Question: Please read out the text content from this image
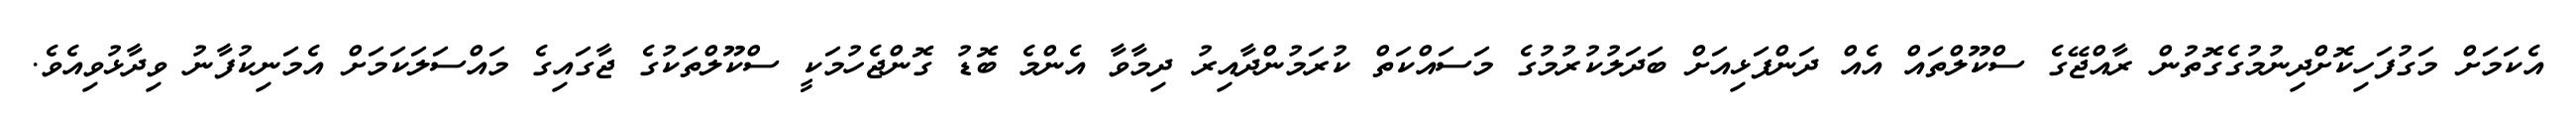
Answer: އެކަމަށް މަގުފަހިކޮށްދިނުމުގެގޮތުން ރާއްޖޭގެ ސްކޫލްތައް އެއް ދަންފަޅިއަށް ބަދަލުކުރުމުގެ މަސައްކަތް ކުރަމުންދާއިރު ދިމާވާ އެންމެ ބޮޑު ގޮންޖެހުމަކީ ސްކޫލްތަކުގެ ޖާގައިގެ މައްސަލަކަމަށް އެމަނިކުފާނު ވިދާޅުވިއެވެ.